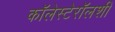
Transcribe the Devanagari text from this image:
कॉलेस्टेरॉलशी